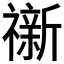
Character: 𮵟